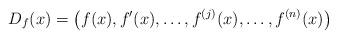
LaTeX: \begin{align*}D_f(x) = \left( f(x),f'(x),\ldots,f^{(j)}(x), \ldots, f^{(n)}(x) \right) \end{align*}